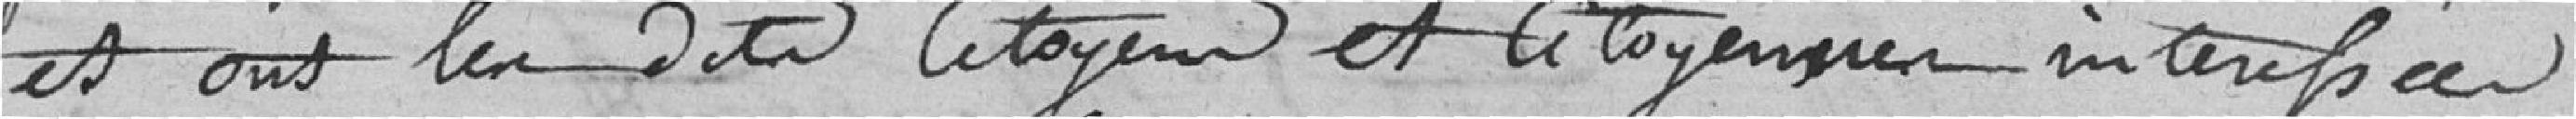
Et ont les dits citoyens et citoyennes intéressés